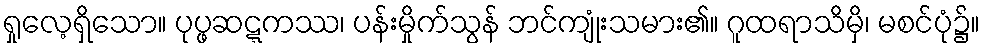
ရှုလေ့ရှိသော။ ပုပ္ဖဆဋ္ဋကဿ၊ ပန်းမှိုက်သွန် ဘင်ကျုံးသမား၏။ ဂူထရာသိမှိ၊ မစင်ပုံ၌။